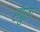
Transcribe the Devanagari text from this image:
सपुतो